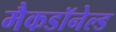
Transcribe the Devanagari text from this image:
मैकडॉनेल्ड